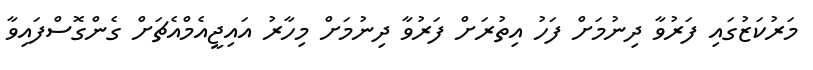
މަރުކަޒުގައި ފަރުވާ ދިނުމަށް ފަހު އިތުރަށް ފަރުވާ ދިނުމަށް މިހާރު އައިޖީއެމްއެޗަށް ގެންގޮސްފައިވާ